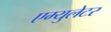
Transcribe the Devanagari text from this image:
एम्युलेटर